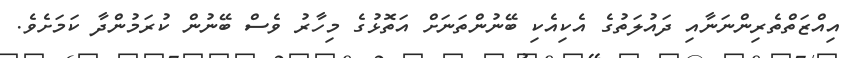
އިއްޒަތްތެރިންނަނާއި ދައުލަތުގެ އެކިއެކި ބޭނުންތަނަށް އަތޮޅުގެ މިހާރު ވެސް ބޭނުން ކުރަމުންދާ ކަމަށެވެ.